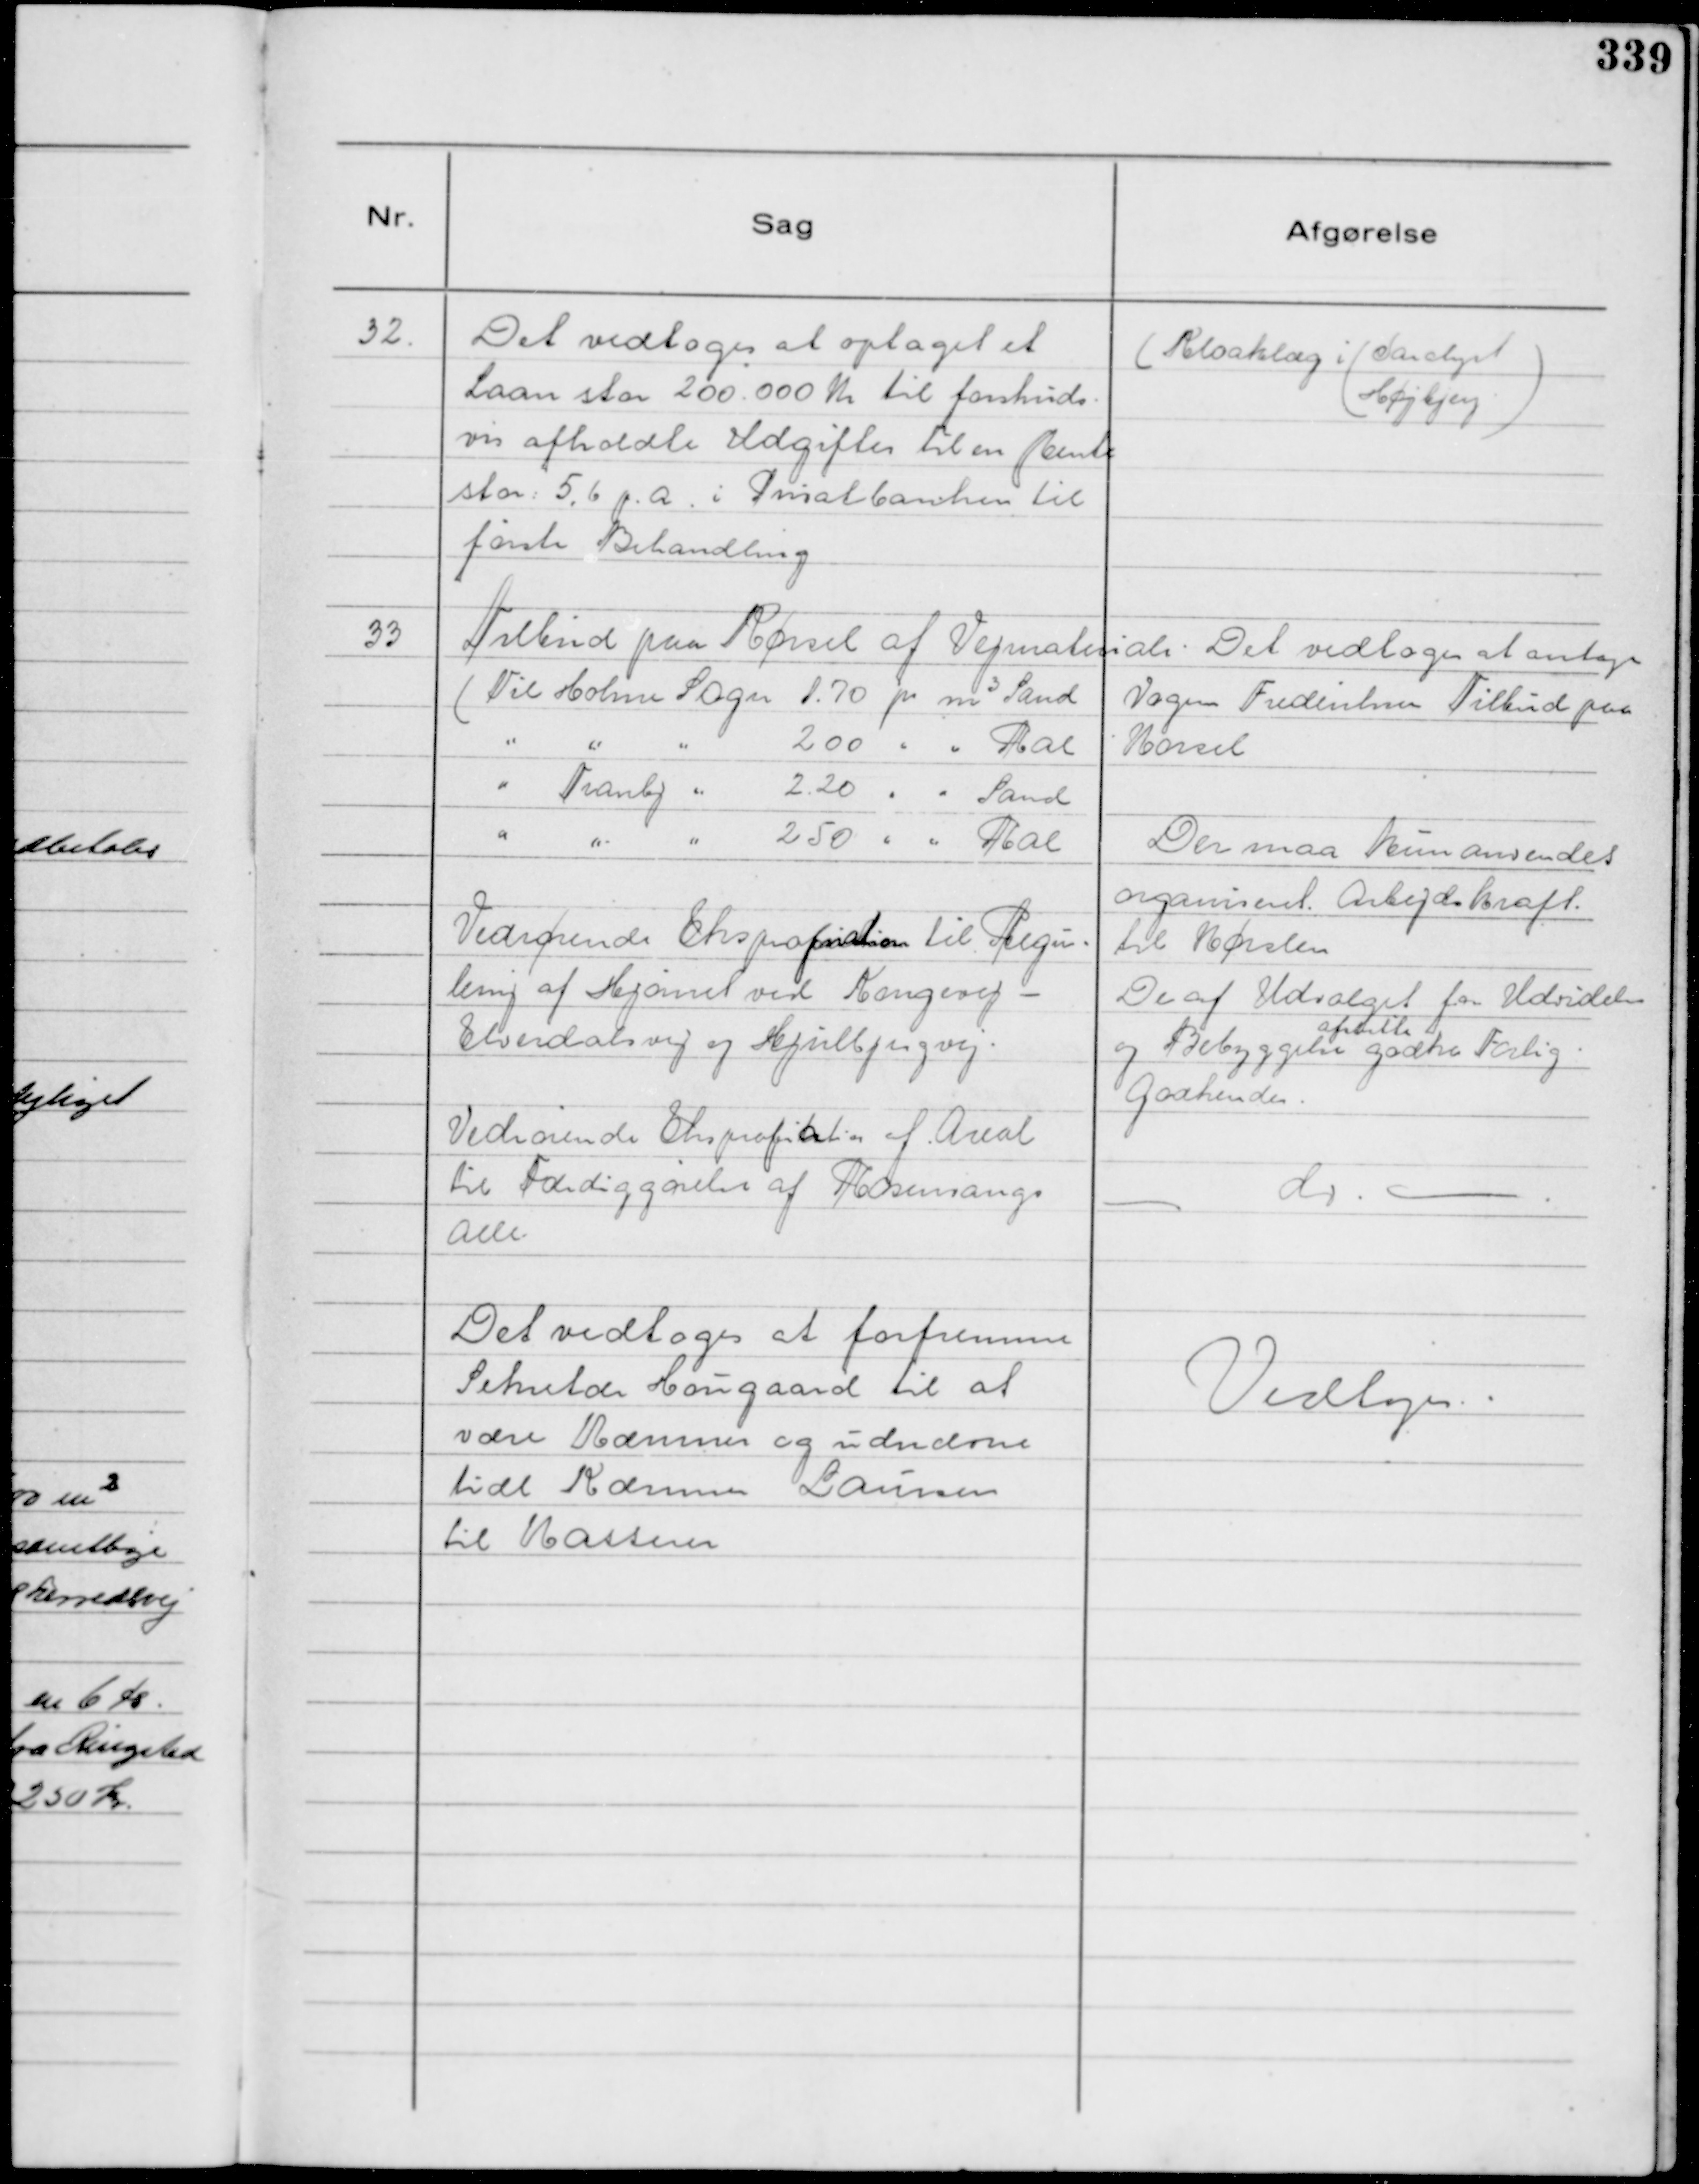
Transskription:
32.
Det vedtoges at optaget et
Laan stor 200.000 Kr til forskuds-
vis afholdte Udgifter til en Rente
stor 5,6 p. a. i Privatbanken til
første Behandling

( Kloaklæg i ( Saralyst
Højbjerg )

33
Tilbud paa Kørsel af Vejmateriale.
( Til Holme Sogn 1.70 pr m³ Sand
" " " 200 " " Ral
" Tranbj " 2.20 " " Sand
" " " 250 " " Ral

Det vedtoges at antage
Vagn Frederiksens Tilbud paa
Kørsel
Der maa kun anvendes
organiseret Arbejdskraft .
til Kørslen

Vedrørende Ekspropriation til Regu-
lering af Hjørnet ved Kongsvej -
Elverdalsvej og Hjulbjergvej.

De af Udvalget for Udvidelse
og Bebyggelse
afstilte
godke Forlig.
Godkendes.

Vedrørende Ekspropriation af Areal
til Færdiggørelse af Rosenvangs
Alle.

- do. -

Det vedtoges at forfremme
Sekretær Hougaard til at
være Kæmner og udnævne
tidl Kæmner Laursen
til Kasserer

Vedtoges.